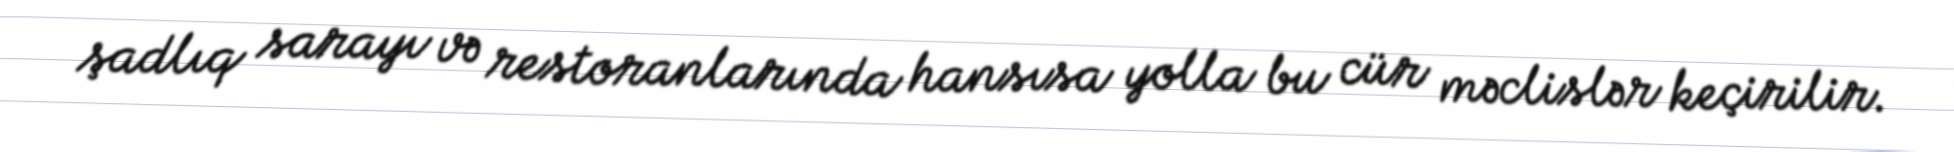
şadlıq sarayı və restoranlarında hansısa yolla bu cür məclislər keçirilir.